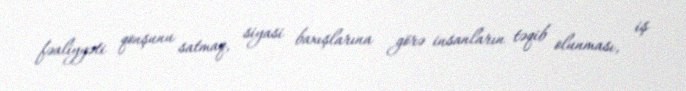
fəaliyyəti qonşunu satmaq, siyasi baxışlarına görə insanların təqib olunması, iş